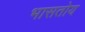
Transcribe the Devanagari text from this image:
भासतोय